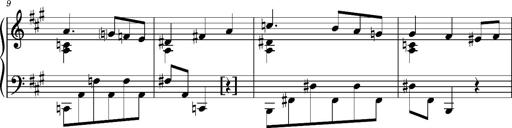
Title: Album-Leaf, S.166s
Composer: Franz Liszt
Key: F-sharp minor